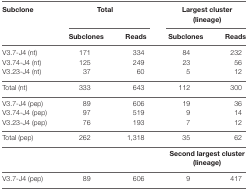
<table><thead><tr><td><b>Subclone</b></td><td colspan="2"><b>Total</b></td><td colspan="2"><b>Largest cluster (lineage)</b></td></tr><tr><td></td><td><b>Subclones</b></td><td><b>Reads</b></td><td><b>Subclones</b></td><td><b>Reads</b></td></tr></thead><tbody><tr><td>V3.7-J4 (nt)</td><td>171</td><td>334</td><td>84</td><td>232</td></tr><tr><td>V3.74-J4 (nt)</td><td>125</td><td>249</td><td>23</td><td>56</td></tr><tr><td>V3.23-J4 (nt)</td><td>37</td><td>60</td><td>5</td><td>12</td></tr><tr><td>Total (nt)</td><td>333</td><td>643</td><td>112</td><td>300</td></tr><tr><td>V3.7-J4 (pep)</td><td>89</td><td>606</td><td>19</td><td>36</td></tr><tr><td>V3.74-J4 (pep)</td><td>97</td><td>519</td><td>9</td><td>14</td></tr><tr><td>V3.23-J4 (pep)</td><td>76</td><td>193</td><td>7</td><td>12</td></tr><tr><td>Total (pep)</td><td>262</td><td>1,318</td><td>35</td><td>62</td></tr><tr><td></td><td></td><td></td><td colspan="2"><b>Second largest cluster (lineage)</b></td></tr><tr><td>V3.7-J4 (pep)</td><td>89</td><td>606</td><td>9</td><td>417</td></tr></tbody></table>